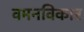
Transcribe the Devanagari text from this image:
वमनविकार